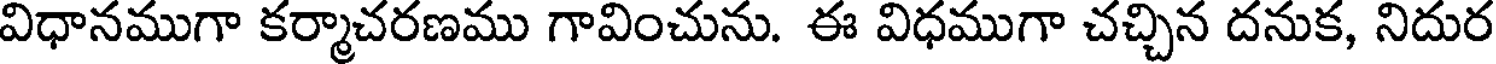
విధానముగా కర్మాచరణము గావించును. ఈ విధముగా చచ్చిన దనుక, నిదుర